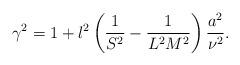
LaTeX: \begin{align*}\gamma^2=1+l^2\left(\frac{1}{S^2}-\frac{1}{L^2M^2}\right)\frac{a^2}{\nu^2}.\end{align*}